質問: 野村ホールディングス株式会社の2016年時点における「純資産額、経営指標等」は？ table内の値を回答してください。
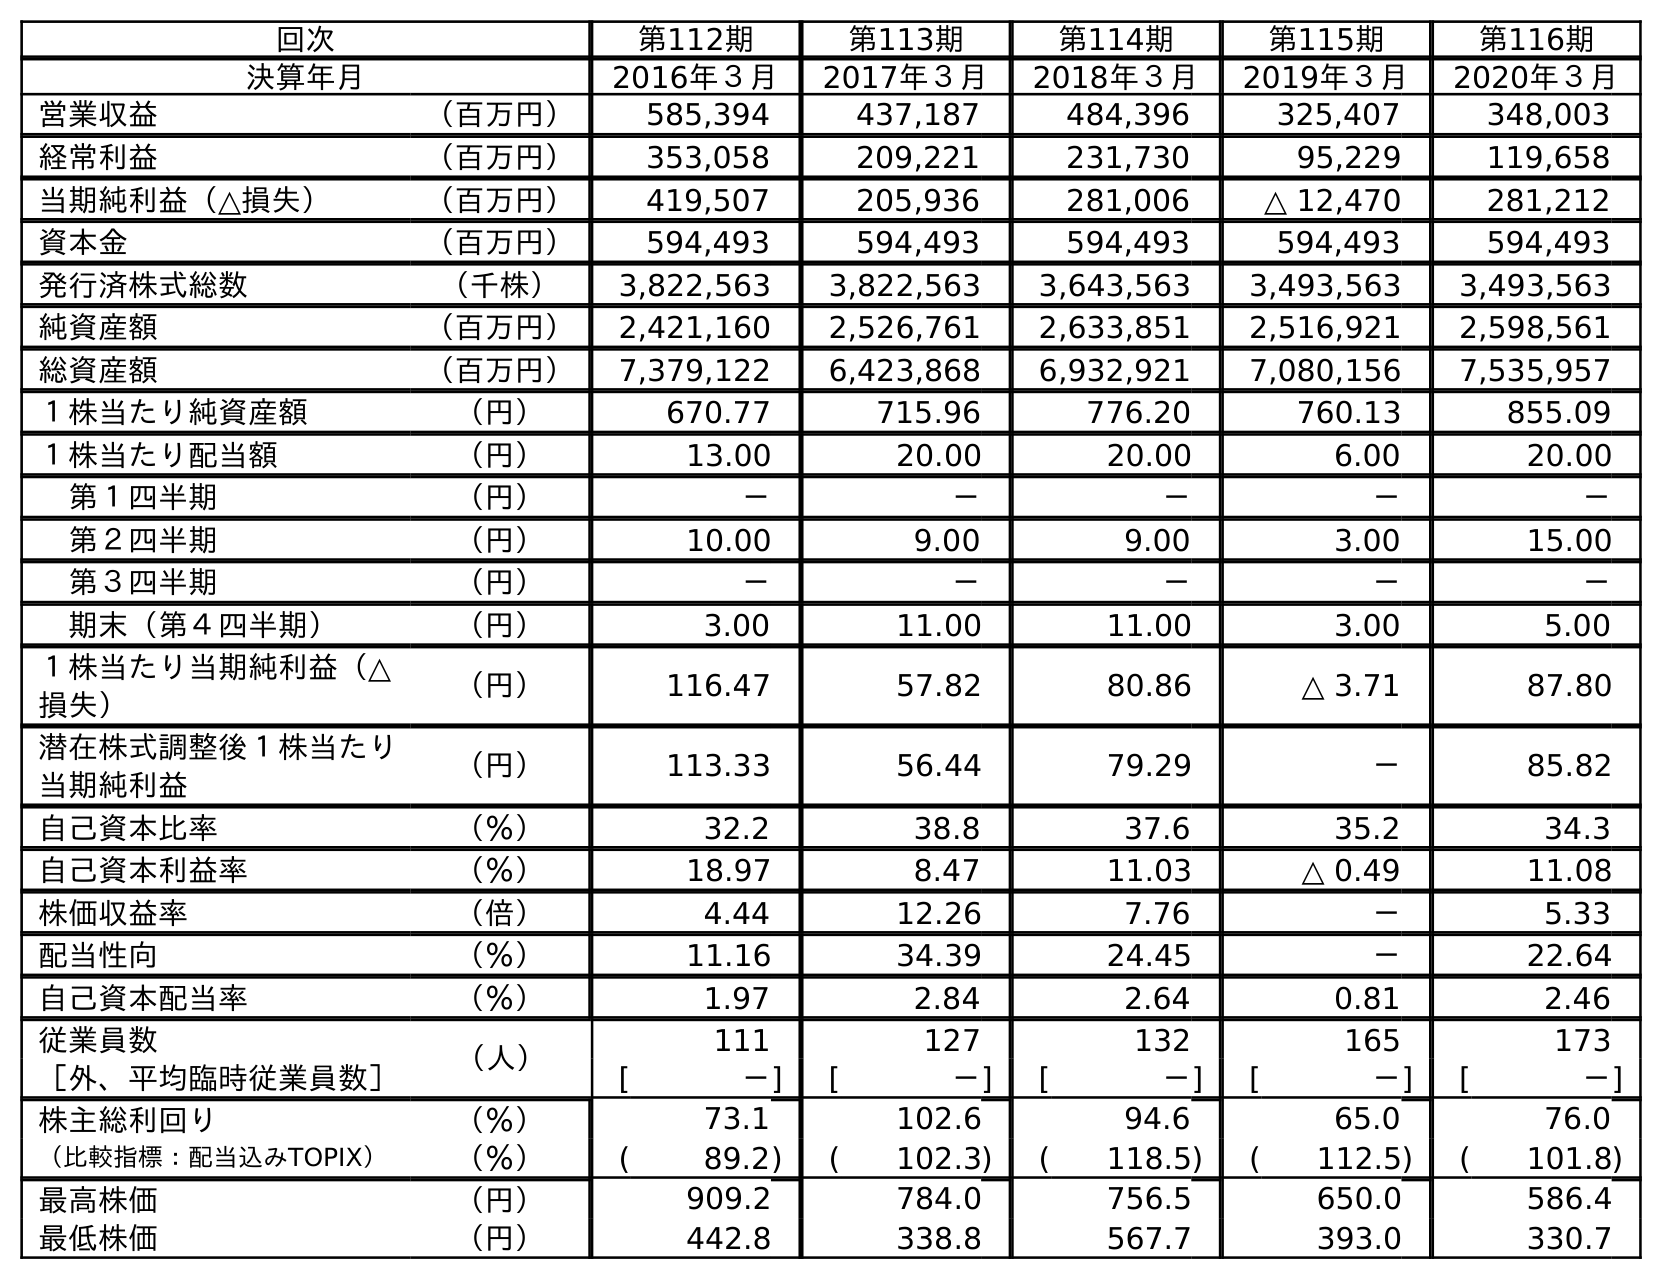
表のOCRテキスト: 回次 第112期 第113期 第114期 第115期 第116期 決算年月 2016年３月 2017年３月 2018年３月 2019年３月 2020年３月 営業収益 （百万円） 585,394 437,187 484,396 325,407 348,003 経常利益 （百万円） 353,058 209,221 231,730 95,229 119,658 当期純利益（△損失） （百万円） 419,507 205,936 281,006 △ 12,470 281,212 資本金 （百万円） 594,493 594,493 594,493 594,493 594,493 発行済株式総数 （千株） 3,822,563 3,822,563 3,643,563 3,493,563 3,493,563 純資産額 （百万円） 2,421,160 2,526,761 2,633,851 2,516,921 2,598,561 総資産額 （百万円） 7,379,122 6,423,868 6,932,921 7,080,156 7,535,957 １株当たり純資産額 （円） 670.77 715.96 776.20 760.13 855.09 １株当たり配当額 （円） 13.00 20.00 20.00 6.00 20.00 第１四半期 （円） － － － － － 第２四半期 （円） 10.00 9.00 9.00 3.00 15.00 第３四半期 （円） － － － － － 期末（第４四半期） （円） 3.00 11.00 11.00 3.00 5.00 １株当たり当期純利益（△ 損失） （円） 116.47 57.82 80.86 △ 3.71 87.80 潜在株式調整後１株当たり 当期純利益 （円） 113.33 56.44 79.29 － 85.82 自己資本比率 （％） 32.2 38.8 37.6 35.2 34.3 自己資本利益率 （％） 18.97 8.47 11.03 △ 0.49 11.08 株価収益率 （倍） 4.44 12.26 7.76 － 5.33 配当性向 （％） 11.16 34.39 24.45 － 22.64 自己資本配当率 （％） 1.97 2.84 2.64 0.81 2.46 従業員数 （人） 111 127 132 165 173 ［外、平均臨時従業員数］ [ －] [ －] [ －] [ －] [ －] 株主総利回り （％） 73.1 102.6 94.6 65.0 76.0 （比較指標：配当込みTOPIX） （％） ( 89.2) ( 102.3) ( 118.5) ( 112.5) ( 101.8) 最高株価 （円） 909.2 784.0 756.5 650.0 586.4 最低株価 （円） 442.8 338.8 567.7 393.0 330.7
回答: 2,421,160